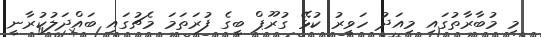
މި މުބާރާތުގައި މިއަދު ހަވީރު ކުޅޭ ގުރޫޕް ބީގެ ފުރަތަމަ މެޗުގައި ބައްދަލުކުރާނީ